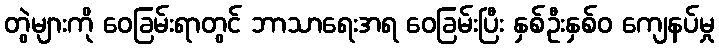
တွဲများကို ဝေခြမ်းရာတွင် ဘာသာရေးအရ ဝေခြမ်းပြီး နှစ်ဦးနှစ်ဝ ကျေနပ်မှု